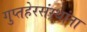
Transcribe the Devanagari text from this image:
गुप्तहेरसंस्थांना